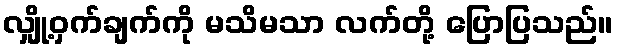
လျှို့ဝှက်ချက်ကို မသိမသာ လက်တို့ ပြောပြသည်။